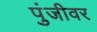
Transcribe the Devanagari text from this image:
पुंजीवर